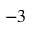
^ { - 3 }